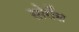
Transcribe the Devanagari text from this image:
सोर्रोस